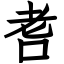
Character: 䎛